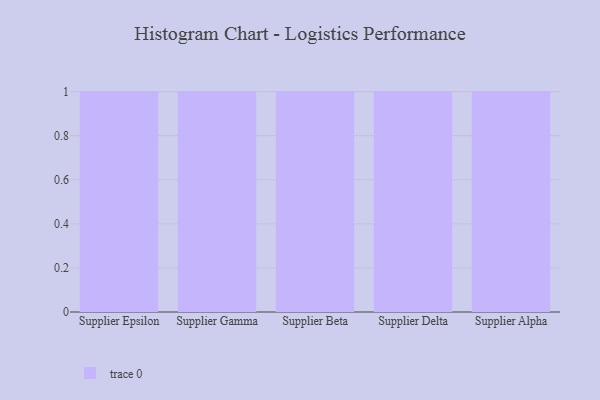
{"axis": {"x": "Supplier", "y": "Gross Profit (USD K)"}, "legend": [""], "data": [{"x": "Supplier Epsilon", "y": 75, "type": ""}, {"x": "Supplier Gamma", "y": 98, "type": ""}, {"x": "Supplier Beta", "y": 47, "type": ""}, {"x": "Supplier Delta", "y": 50, "type": ""}, {"x": "Supplier Alpha", "y": 54, "type": ""}]}